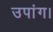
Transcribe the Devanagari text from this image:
उपांग।